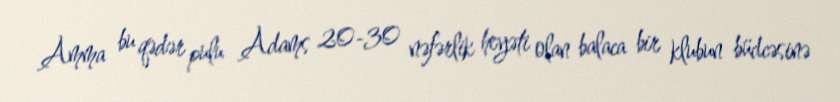
Amma bu qədər pulu Adams 20-30 nəfərlik heyəti olan balaca bir klubun büdcəsinə